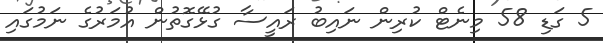
5 ގަޑި 58 މިނެޓް ކުރިން ނައިބު ރައީސާ ގުޅޭގޮތުން އުމަރުގެ ނަމުގައި